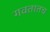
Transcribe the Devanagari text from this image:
गवतातच